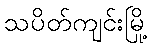
သပိတ်ကျင်းမြို့